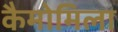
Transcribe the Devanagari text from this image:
कैमोमिला